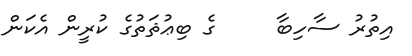
އިތުރު ސާހިބާ     ގެ ބިޢުޘަތުގެ ކުރީން އެކަން